Vaccination United Provinces of Agra and Oudh 1902-1913 - 1902-1913
Year: 1902
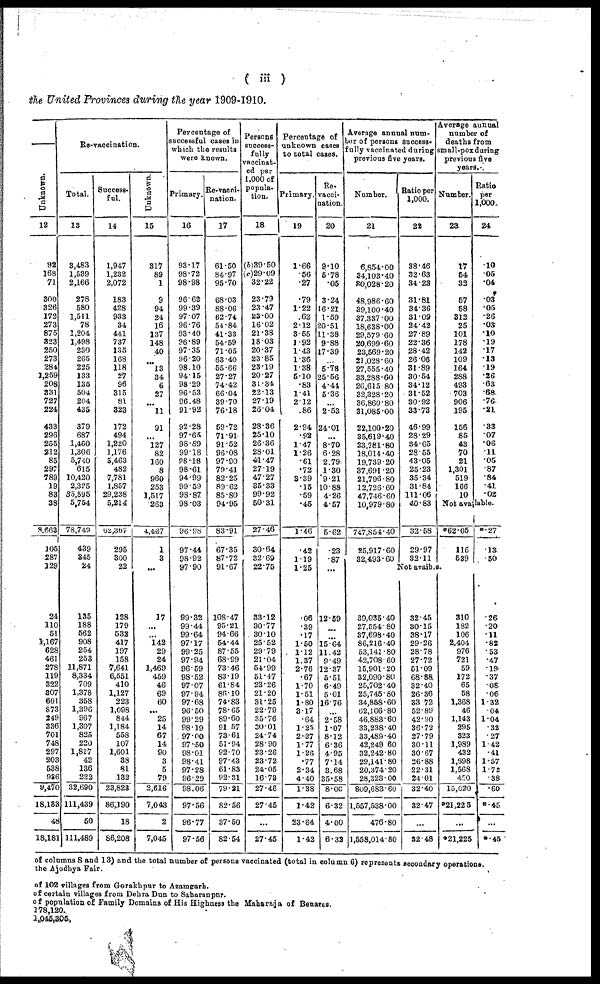
( iii )
the United Provinces during the year 1909-1910.
Unknown.
12
92
168
71
300
326
172
273
875
323
250
273
284
1,259
208
331
727
224
433
296
255
212
85
297
789
19
83
38
8,663
105
287
129
24
110
51
1,167
628
461
278
119
322
307
601
873
249
336
701
748
297
203
538
936
9,470
18,133
48
18,181
Re-vaccination.
Total.
13
3,483
1,539
2,166
278
580
1,511
78
1,204
1,498
230
265
225
133
135
504
204
435
379
687
1,460
1,306
5,740
615
10,420
2,325
35,595
5,754
78,749
439
345
24
135
188
562
908
254
253
11,871
8,334
709
1,378
358
1,396
967
1,307
825
220
1,817
42
136
222
32,690
111,439
50
111,489
Success-
ful.
14
1,947
1,232
2,072
183
428
933
34
441
737
135
168
118
27
96
315
81
323
172
494
1,220
1,176
5,463
482
7,781
1,857
29,238
5,214
62,367
295
300
22
128
179
532
417
197
158
7,641
6,551
410
1,127
223
1,098
844
1,184
558
107
1,601
38
81
132
23,823
86,190
18
86,208
Unknown.
15
317
89
1
9
94
24
16
137
148
40
...
13
34
6
27
...
11
91
...
127
82
160
8
960
253
1,517
263
4,437
1
3
...
17
...
...
142
29
24
1,469
459
46
69
60
...
25
14
67
14
90
3
5
79
2,616
7,043
2
7,045
Percentage of
successful cases in
which the results
were known.
Primary.
16
93.17
98.72
98.98
96.62
99.39
97.07
96.76
93.40
96.89
97.35
96.20
98.10
94.15
98.29
96.53
96.48
91.92
92.28
97.65
98.89
99.18
98.18
98.61
94.99
99.59
98.87
98.03
96.98
97.44
98.92
97.90
99.32
99.44
99.64
97.17
99.25
97.94
96.59
98.52
97.07
97.94
97.68
96.50
99.29
98.19
97.00
97.50
98.01
98.41
97.28
96.29
98.06
97.56
96.77
97.56
Re-vacci-
nation.
17
61.50
84.97
95.70
68.03
88.06
62.74
54.84
41.33
54.59
71.05
63.40
55.66
27.27
74.42
66.04
39.70
76.18
59.72
71.91
91.52
96.08
97.90
79.41
82.25
89.62
85.80
94.95
83.91
67.35
87.72
91.67
108.47
95.21
94.66
54.44
87.55
68.99
73.46
83.19
61.84
86.10
74.83
78.65
89.60
91.57
73.61
51.94
92.70
97.43
61.83
92.31
79.21
82.56
37.50
82.54
Persons
success-
fully
vaccinat-
ed per
1,000 of
popula-
tion.
18
(b)39.50
(c)29.09
32.22
23.79
23.47
23.00
16.02
21.38
18.03
20.37
23.85
23.19
20.27
31.34
22.13
27.19
26.04
28.36
25.10
26.36
28.01
41.47
27.19
47.27
35.33
99.92
50.31
27.46
30.64
32.69
22.75
33.12
30.77
30.10
25.52
29.79
21.04
54.99
51.47
23.26
21.20
31.25
22.79
35.76
30.01
24.74
28.90
23.26
23.72
24.05
16.73
27.46
27.45
...
27.45
Percentage of
unknown cases
to total cases.
Primary.
19
1.66
.56
.27
.79
1.22
.62
2.12
3.55
1.92
1.43
1.36
1.38
5.10
.83
1.41
2.12
.86
2.94
.92
1.47
1.26
.61
.72
3.39
.15
.59
.45
1.46
.42
1.19
1.25
.06
.39
.17
1.50
1.12
1.37
2.76
.67
1.70
1.51
1.80
3.17
.64
1.25
2.27
1.77
1.26
.77
2.34
4.40
1.38
1.42
23.64
1.42
Re-
vacci-
nation.
20
9.10
5.78
.05
3.24
16.21
1.59
20.51
11.38
9.88
17.39
...
5.78
25.56
4.44
5.36
...
2.53
24.01
...
8.70
6.28
2.79
1.30
9.21
10.88
4.26
4.57
5.62
.23
.87
...
12.59
...
...
15.64
11.42
9.49
12.37
5.51
6.49
5.01
16.76
...
2.58
1.07
8.12
6.36
4.95
7.14
3.68
35.58
8.00
6.32
4.00
6.32
Average annual num-
bar of persons success-
fully vaccinated during
previous five years.
Number.
21
6,854.00
34,103.40
30,028.20
48,986.60
39,100.40
37,337.00
18,638.00
29,579.60
20,699.60
23,569.20
21,028.60
27,555.40
33,288.60
26,615.80
32,328.20
36,860.80
31,085.00
22,100.20
35,619.40
23,781.80
18,014.40
19,739.20
37,691.20
21,796.80
12,726.60
47,746.60
10,979.80
747,854.40
25,917.60
32,493.60
Ratio per
1,000.
22
38.46
32.63
34.23
31.81
34.36
31.09
24.42
27.89
22.36
28.42
26.06
31.89
30.54
34.12
31.52
30.92
33.73
46.99
28.29
34.65
28.55
43.05
25.23
35.34
31.84
111.06
40.83
32.58
29.97
32.11
Average annual
number of
deaths from
small-pox during
previous five
years.
Number.
23
17
54
32
57
58
312
25
101
178
142
109
164
288
493
703
906
195
156
85
43
70
21
1,301
519
166
10
Ratio
per
1,000.
24
.10
.05
.04
.03
.05
.26
.03
.10
.19
.17
.13
.19
.26
.63
.68
.76
.21
.33
.07
.06
.11
.05
.87
.84
.41
.02
Not available.
*62.05
116
539
Not avaible.
39,035.40
27,554.80
37,698.40
86,216.40
53,141.80
42,708.60
15,901.20
32,090.80
25,702.40
25,745.80
34,858.60
62,166.80
46,883.60
33,238.40
33,489.40
42,249.60
32,242.80
29,141.80
20,374.20
28,323.00
809,683.60
1,557,538.00
476.80
1,558,014.80
32.45
30.15
38.17
29.26
28.78
27.72
51.09
68.88
32.40
26.36
33.72
52.89
42.90
36.72
27.79
30.11
30.67
26.88
22.31
24.01
32.40
32.47
...
32.48
310
182
106
2,404
976
721
59
172
65
58
1,368
46
1,143
295
323
1,989
432
1,698
1,568
450
15,020
*21,225
...
*21,225
*.27
.13
.50
.26
.20
.11
.82
.53
.47
.19
.37
.08
.06
1.32
.04
1.04
.32
.27
1.42
.41
1.57
1.72
.38
.60
*.45
...
*.45
of columns 8 and 13) and the total number of persons vaccinated (total in column 6) represents secondary operations.
the Ajodhya Fair.
of 102 villages from Gorakhpur to Azamgarh.
of certain villages from Dehra Dun to Saharanpur.
of population of Family Domains of His Highness the Maharaja of Benares.
178,120.
1,040,305,